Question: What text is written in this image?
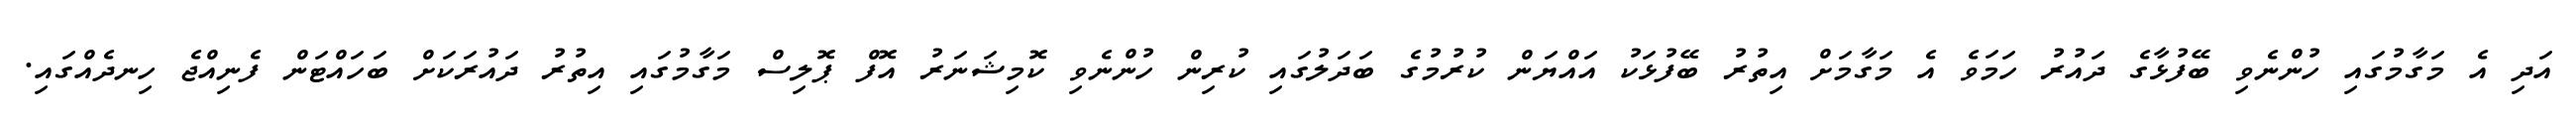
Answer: އަދި އެ މަގާމުގައި ހުންނެވި ބޭފުޅާގެ ދައުރު ހަމަވެ އެ މަގާމަށް އިތުރު ބޭފުޅަކު އައްޔަން ކުރުމުގެ ބަދަލުގައި ކުރިން ހުންނެވި ކޮމިޝަނަރު އޮފް ޕޮލިސް މަގާމުގައި އިތުރު ދައުރަކަށް ބަހައްޓަން ފެނިއްޖެ ހިނދެއްގައި.